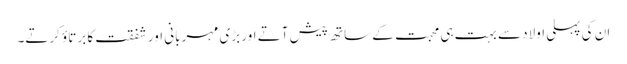
ان کی پہلی اولاد سے بہت ہی محبت کے ساتھ پیش آتے اور بڑی مہربانی اور شفقت کا برتاؤ کرتے۔